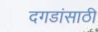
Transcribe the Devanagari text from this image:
दगडांसाठी